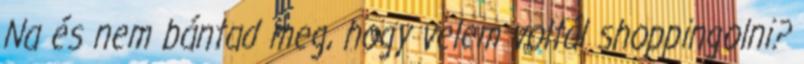
Na és nem bántad meg, hogy velem voltál shoppingolni?